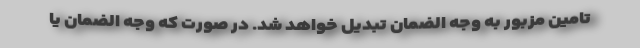
تامین مزبور به وجه الضمان تبدیل خواهد شد. در صورت که وجه الضمان یا